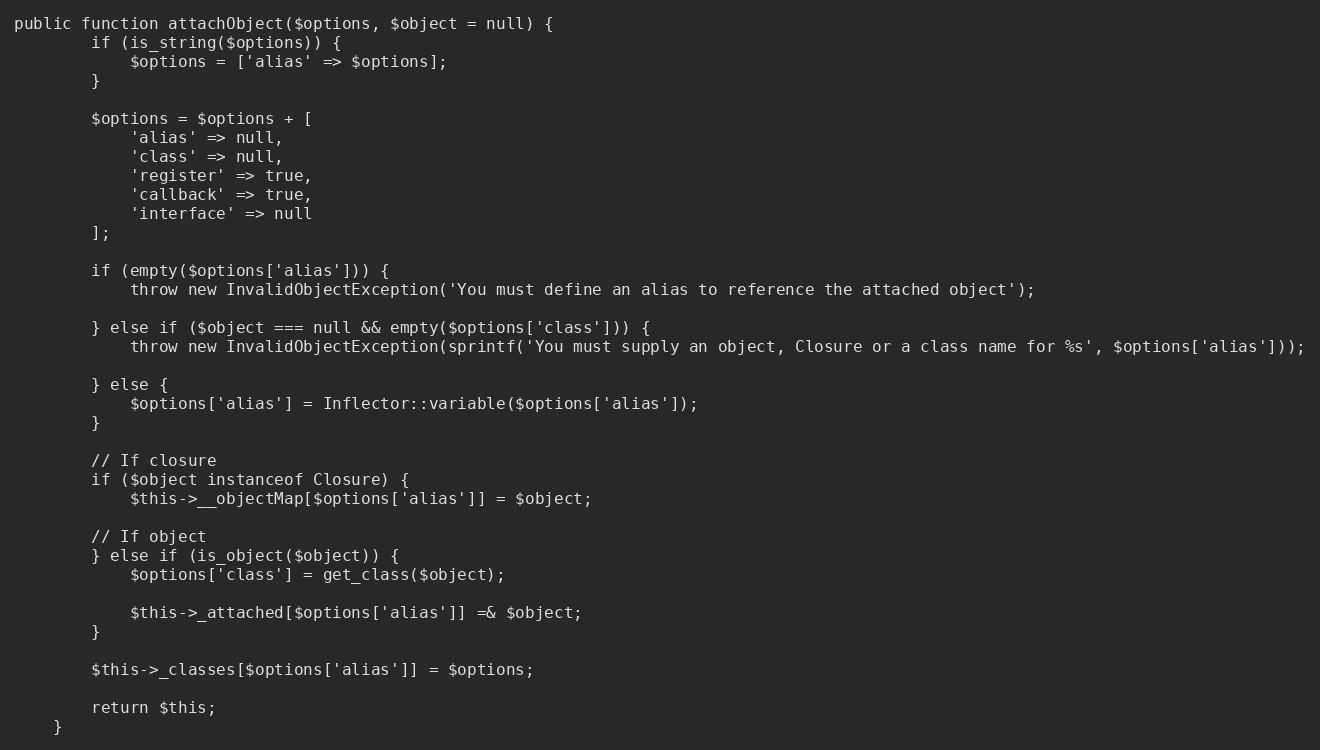
Language: PHP
public function attachObject($options, $object = null) {
        if (is_string($options)) {
            $options = ['alias' => $options];
        }

        $options = $options + [
            'alias' => null,
            'class' => null,
            'register' => true,
            'callback' => true,
            'interface' => null
        ];

        if (empty($options['alias'])) {
            throw new InvalidObjectException('You must define an alias to reference the attached object');

        } else if ($object === null && empty($options['class'])) {
            throw new InvalidObjectException(sprintf('You must supply an object, Closure or a class name for %s', $options['alias']));

        } else {
            $options['alias'] = Inflector::variable($options['alias']);
        }

        // If closure
        if ($object instanceof Closure) {
            $this->__objectMap[$options['alias']] = $object;

        // If object
        } else if (is_object($object)) {
            $options['class'] = get_class($object);

            $this->_attached[$options['alias']] =& $object;
        }

        $this->_classes[$options['alias']] = $options;

        return $this;
    }